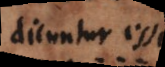
dicuntur esse